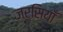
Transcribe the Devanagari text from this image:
जर्सियाँ